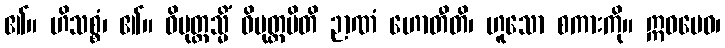
၏။ ဟိသစ္စံ၊ ၏။ ဝိမုတ္တသ္မိံ ဝိမုတ္တမိတိ ဉာဏံ ဟောတီတိ၊ ဟူသော စကားကို။ ဣဓမေဝ၊